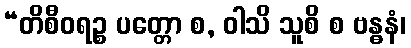
“တိစီဝရဉ္စ ပတ္တော စ, ဝါသိ သူစိ စ ဗန္ဓနံ၊